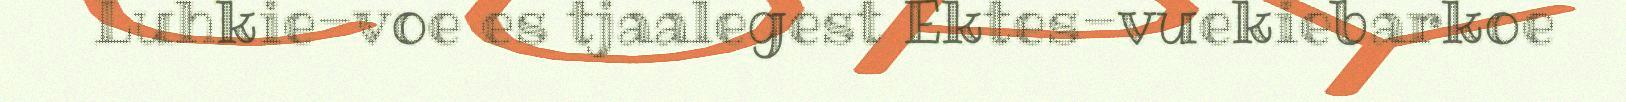
Luhkie-voe es tjaalegest Ektes-vuekiebarkoe